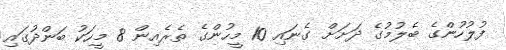
ފުލުހުންގެ ބެލުމުގެ ދަށަށް ގެނައި 10 މީހުންގެ ތެރެއިން 8 މީހަކު ބަންދުގައި